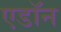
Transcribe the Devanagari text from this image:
एडॉन